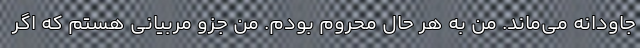
جاودانه می‌ماند. من به هر حال محروم بودم. من جزو مربیانی هستم که اگر